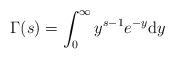
LaTeX: \begin{align*}\Gamma(s)=\int_0^\infty y^{s-1}e^{-y}\mathrm dy\end{align*}